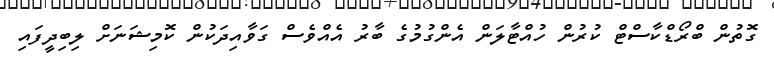
ގޮތުން ބްރޯޑްކާސްޓް ކުރުން ހުއްޓާލަން އެންގުމުގެ ބާރު އެއްވެސް ގަވާއިދަކުން ކޮމިޝަނަށް ލިބިދީފައި